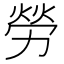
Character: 勞